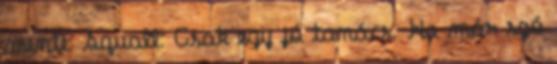
mente: Squall: Csak egy jó tanács. Ha már szó